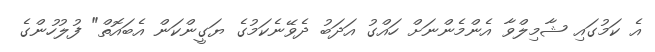
އެ ކަމުގައި ޝާމިލްވާ އެންމެންނަށް ހައްގު އަދަބު ދެވޭނެކަމުގެ ޔަގީންކަން އެބައޮތް" ފުލުހުންގެ